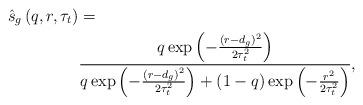
LaTeX: \begin{align*} \hat{s}_{g} \left( q, r, \tau_t \right) &= \\ &\frac{q \exp \left( - \frac{ \left( r - d_{g} \right)^2}{2 \tau_t^2} \right)} { q \exp \left( - \frac{ \left( r - d_{g} \right)^2}{2 \tau_t^2} \right) + (1-q) \exp \left( -\frac{r^2}{2 \tau_t^2} \right)}, \\ \end{align*}